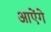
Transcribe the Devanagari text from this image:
आऐंगे